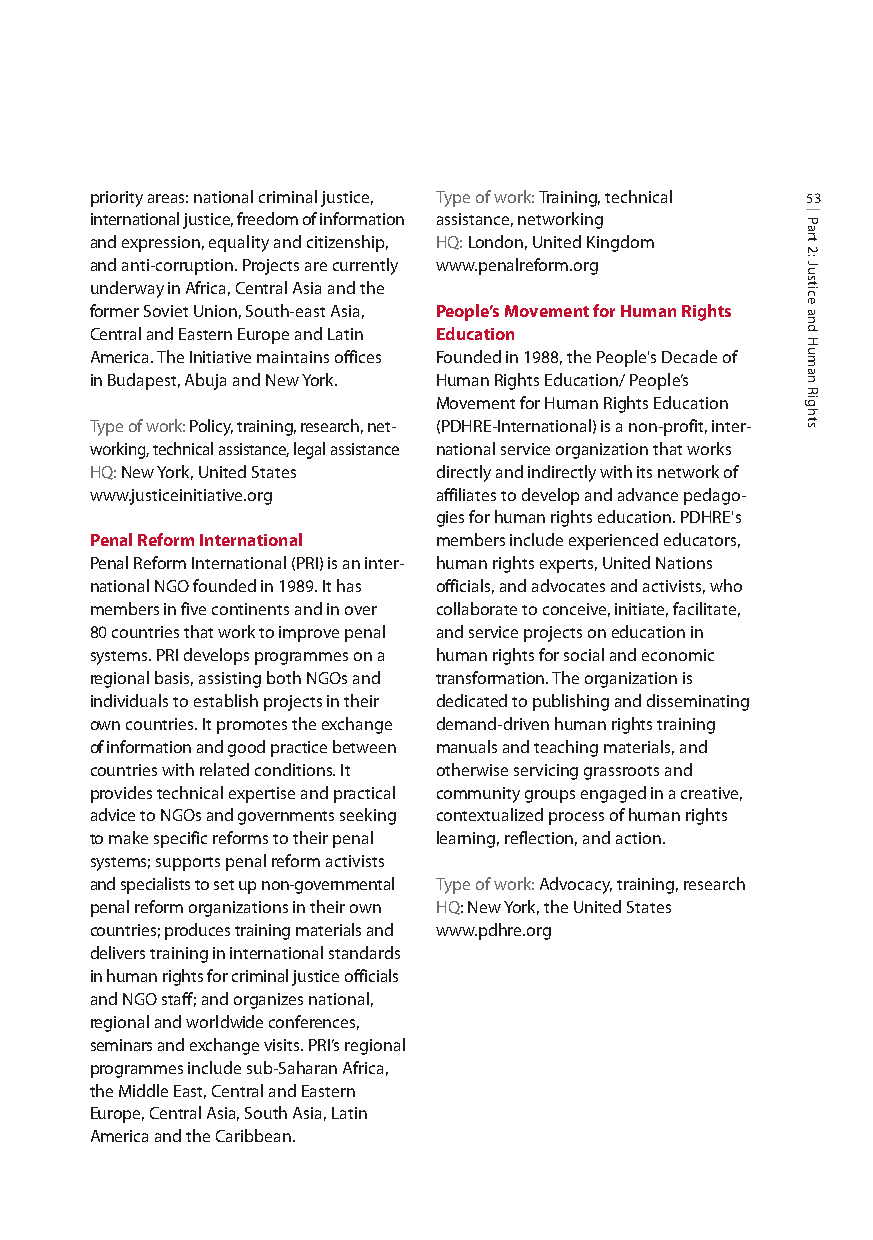
priority areas: national criminal justice, Type of work: Training, technical 53
 international justice, freedom of information assistance, networking
 and expression, equality and citizenship, HQ: London, United Kingdom
 and anti-corruption. Projects are currently www.penalreform.org
 underway in Africa, Central Asia and the
 former Soviet Union, South-east Asia, People’s Movement for Human Rights
 Central and Eastern Europe and Latin Education
 America. The Initiative maintains offices Founded in 1988, the People's Decade of
 in Budapest, Abuja and New York. Human Rights Education/ People’s
 Movement for Human Rights Education
 Type of work: Policy, training, research, net- (PDHRE-International) is a non-profit, inter-
 working, technical assistance, legal assistance national service organization that works
 HQ:New York, United States directly and indirectly with its network of
 www.justiceinitiative.org affiliates to develop and advance pedago-
 gies for human rights education. PDHRE's
 Penal Reform International members include experienced educators,
 Penal Reform International (PRI) is an inter- human rights experts, United Nations
 national NGO founded in 1989. It has officials, and advocates and activists, who
 members in five continents and in over collaborate to conceive, initiate, facilitate,
 80 countries that work to improve penal and service projects on education in
 systems. PRI develops programmes on a human rights for social and economic
 regional basis, assisting both NGOs and transformation. The organization is
 individuals to establish projects in their dedicated to publishing and disseminating
 own countries. It promotes the exchange demand-driven human rights training
 of information and good practice between manuals and teaching materials, and
 countries with related conditions. It otherwise servicing grassroots and
 provides technical expertise and practical community groups engaged in a creative,
 advice to NGOs and governments seeking contextualized process of human rights
 to make specific reforms to their penal learning, reflection, and action.
 systems; supports penal reform activists
 and specialists to set up non-governmental Type of work: Advocacy, training, research
 penal reform organizations in their own HQ: New York, the United States
 countries; produces training materials and www.pdhre.org
 delivers training in international standards
 in human rights for criminal justice officials
 and NGO staff; and organizes national,
 regional and worldwide conferences,
 seminars and exchangevisits. PRI’s regional
 programmes include sub-Saharan Africa,
 the Middle East, Central and Eastern
 Europe, Central Asia, South Asia, Latin
 America and the Caribbean.
 Part
 2:
 Justice
 and
 Human
 Rights